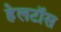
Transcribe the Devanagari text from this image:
हेलटॉस